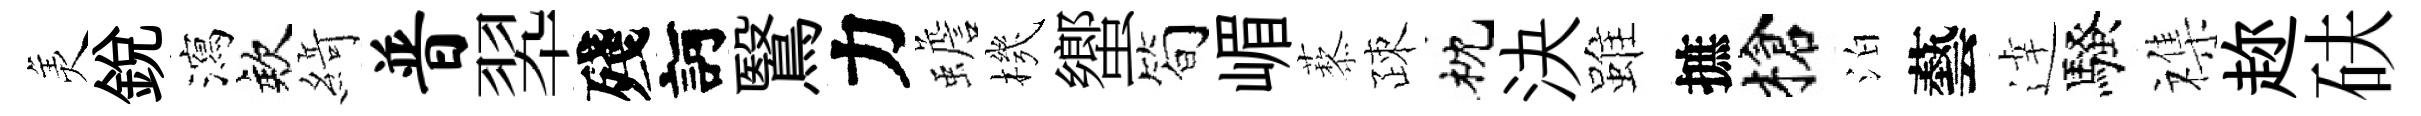
羙銳瀉欸𦂶普翆殘訶鷖力蟾機蠁简嵋藜疎枕決雖摭槍泊藝逹騷襍趂砆